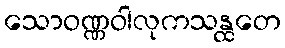
သောဝဏ္ဏဝါလုကသန္ထတေ